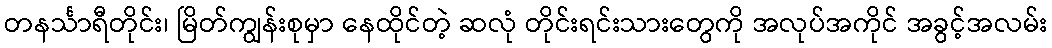
တနင်္သာရီတိုင်း၊ မြိတ်ကျွန်းစုမှာ နေထိုင်တဲ့ ဆလုံ တိုင်းရင်းသားတွေကို အလုပ်အကိုင် အခွင့်အလမ်း